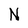
Character: N